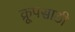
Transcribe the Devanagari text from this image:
क्रूपसाठी